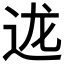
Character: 𮞇